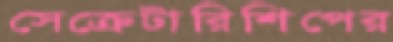
সেক্রেটারিশিপের